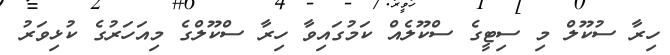
ހިރާ ސުކޫލް މި ސިޓީގެ ސްކޫލެއް ކަމުގައިވާ ހިރާ ސްކޫލްގެ މިއަހަރުގެ ކުޅިވަރު